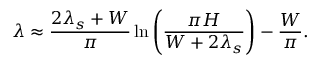
\lambda \approx \frac { 2 \lambda _ { s } + W } { \pi } \ln \left( \frac { \pi H } { W + 2 \lambda _ { s } } \right) - \frac { W } { \pi } .